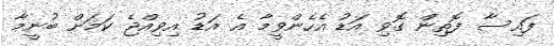
ފައިސާ ފޮތިން ގޮވި އަޑު އެހެންވީމާ އެ އަޑު އިވިއްޖެ ކަމަށް ބުނީމާ